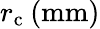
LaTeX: r_{\mathrm{c}}\: (\mathrm{mm})